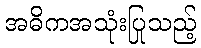
အဓိကအသုံးပြုသည့်